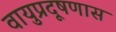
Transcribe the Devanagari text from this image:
वायुप्रदूषणास